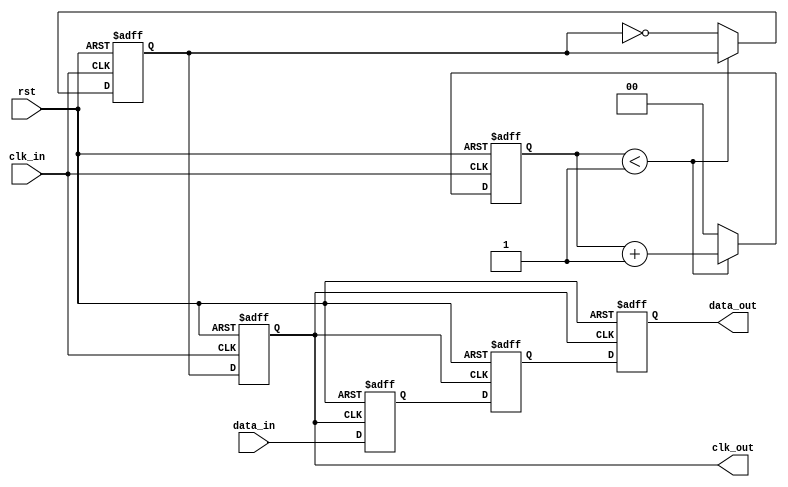
module pll_synchronizer (
    input  wire        clk_in,           // Incoming data clock
    input  wire        rst,              // Reset signal
    input  wire        data_in,          // Incoming data signal
    output reg         clk_out,          // Synchronized output clock
    output reg         data_out          // Synchronized data output
);
    // Parameters for PLL
    parameter integer DIV_FACTOR = 2; // Clock division factor
    parameter integer VCO_MAX_FREQ = 100; // Placeholder for max VCO frequency

    // Internal signals
    wire        phase_error; // Phase error signal from PD
    wire        loop_filter_out; // Output of the Loop Filter
    reg         vco_out; // Output of VCO
    reg [1:0]   vco_counter; // VCO frequency division counter

    // Phase Detector (PD)
    always @(posedge clk_in or posedge rst) begin
        if (rst) begin
            phase_error <= 1'b0;
        end else begin
            // Simple phase error detection logic
            // Actual implementation can vary based on requirements
            phase_error <= (clk_out != clk_in); // Basic phase comparison
        end
    end

    // Loop Filter (LF)
    always @(posedge clk_in or posedge rst) begin
        if (rst) begin
            loop_filter_out <= 1'b0;
        end else begin
            // Simple low-pass filter model
            loop_filter_out <= loop_filter_out + (phase_error ? 1 : -1);
            // Limit the output to avoid excessive control signals
            if (loop_filter_out > VCO_MAX_FREQ)
                loop_filter_out <= VCO_MAX_FREQ;
            else if (loop_filter_out < 1)
                loop_filter_out <= 1;
        end
    end

    // Voltage-Controlled Oscillator (VCO)
    always @(posedge clk_in or posedge rst) begin
        if (rst) begin
            vco_out <= 1'b0;
            vco_counter <= 0;
        end else if (vco_counter < DIV_FACTOR - 1) begin
            vco_counter <= vco_counter + 1;
        end else begin
            vco_counter <= 0;
            vco_out <= ~vco_out; // Toggle VCO output
        end
    end

    // Clock Output Generation
    always @(posedge clk_in or posedge rst) begin
        if (rst) begin
            clk_out <= 1'b0;
        end else begin
            clk_out <= vco_out;
        end
    end

    // Data Synchronization (Dual-Flop Synchronizer)
    reg data_sync_ff1;
    reg data_sync_ff2;

    always @(posedge clk_out or posedge rst) begin
        if (rst) begin
            data_sync_ff1 <= 1'b0;
            data_sync_ff2 <= 1'b0;
        end else begin
            data_sync_ff1 <= data_in; // First flip-flop
            data_sync_ff2 <= data_sync_ff1; // Second flip-flop for metastability mitigation
        end
    end

    // Output data signal
    always @(posedge clk_out or posedge rst) begin
        if (rst) begin
            data_out <= 1'b0;
        end else begin
            data_out <= data_sync_ff2; // Final synchronized data output
        end
    end

endmodule